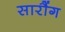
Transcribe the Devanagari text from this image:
सारौंग